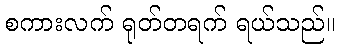
စကားလက် ရုတ်တရက် ရယ်သည်။